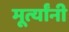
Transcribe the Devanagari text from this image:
मूर्त्यांनी